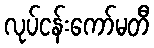
လုပ်ငန်းကော်မတီ